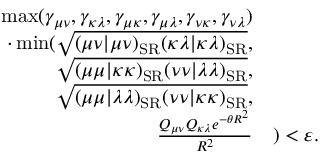
\begin{array} { r l } { \operatorname* { m a x } ( \gamma _ { \mu \nu } , \gamma _ { \kappa \lambda } , \gamma _ { \mu \kappa } , \gamma _ { \mu \lambda } , \gamma _ { \nu \kappa } , \gamma _ { \nu \lambda } ) } & { } \\ { \cdot \operatorname* { m i n } ( \sqrt { ( \mu \nu | \mu \nu ) _ { \mathrm { S R } } ( \kappa \lambda | \kappa \lambda ) _ { \mathrm { S R } } } , } & { } \\ { \sqrt { ( \mu \mu | \kappa \kappa ) _ { \mathrm { S R } } ( \nu \nu | \lambda \lambda ) _ { \mathrm { S R } } } , } & { } \\ { \sqrt { ( \mu \mu | \lambda \lambda ) _ { \mathrm { S R } } ( \nu \nu | \kappa \kappa ) _ { \mathrm { S R } } } , } & { } \\ { \frac { Q _ { \mu \nu } Q _ { \kappa \lambda } e ^ { - \theta R ^ { 2 } } } { R ^ { 2 } } } & { ) < \varepsilon . } \end{array}